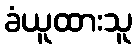
ခံယူထားသူ